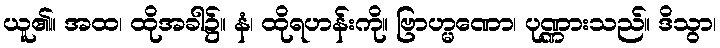
ယူ၏။ အထ၊ ထိုအခါ၌။ နံ၊ ထိုရဟန်းကို။ ဗြာဟ္မဏော၊ ပုဏ္ဏားသည်။ ဒိသွာ၊